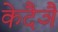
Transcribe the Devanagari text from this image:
केदैञै